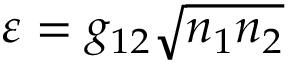
\varepsilon = g _ { 1 2 } \sqrt { n _ { 1 } n _ { 2 } }